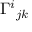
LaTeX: \Gamma ^ { i } { } _ { j k }